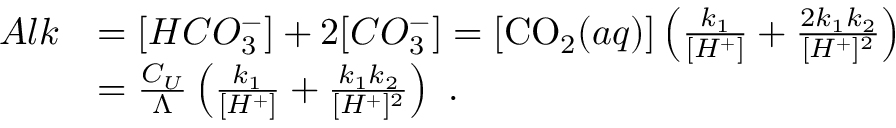
\begin{array} { r l } { A l k } & { = [ H C O _ { 3 } ^ { - } ] + 2 [ C O _ { 3 } ^ { - } ] = [ \ensuremath { \mathrm { C O _ { 2 } } } ( a q ) ] \left( \frac { k _ { 1 } } { [ H ^ { + } ] } + \frac { 2 k _ { 1 } k _ { 2 } } { [ H ^ { + } ] ^ { 2 } } \right) } \\ & { = \frac { C _ { U } } { \Lambda } \left( \frac { k _ { 1 } } { [ H ^ { + } ] } + \frac { k _ { 1 } k _ { 2 } } { [ H ^ { + } ] ^ { 2 } } \right) \mathrm { ~ . } } \end{array}